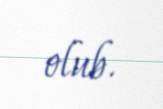
olub.